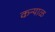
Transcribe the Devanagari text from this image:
कन्याळ